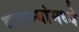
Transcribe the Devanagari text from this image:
बातम्यांमध्ये